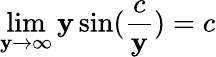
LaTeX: \lim\limits_{\mathbf{y}\rightarrow\infty}\mathbf{y}\sin(\frac{{c}}{{\mathbf{y}}})=c